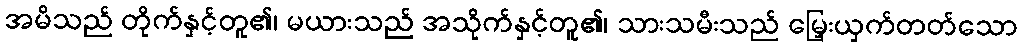
အမိသည် တိုက်နှင့်တူ၏၊ မယားသည် အသိုက်နှင့်တူ၏၊ သားသမီးသည် မြှေးယှက်တတ်သော